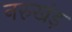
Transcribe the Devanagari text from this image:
नरुखंड़